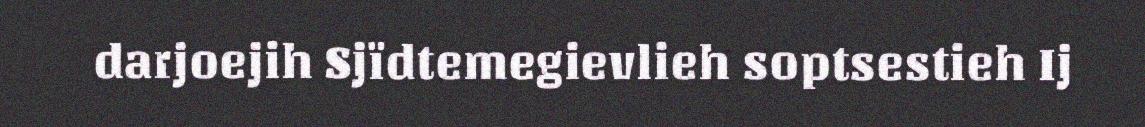
darjoejih Sjïdtemegievlieh soptsestieh Ij